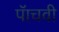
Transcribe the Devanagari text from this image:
पॅाचवी